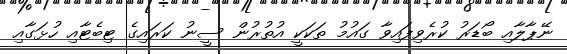
ނޭޕާލާއި ބޯޑަރު ކުރެވިފައިވާ ގައުމު ތަކަކީ އުތުރުން ސީނު ކަރައިގެ ޓިބެޓާއި ހުޅަގާއި